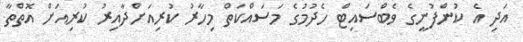
އަދި އެ ކުންފުނީގެ ވެބްސައިޓް ހެދުމުގެ މަސައްކަތް މިހާރު ކުރިއަށްދާއިރު ކުރިއަށް އޮތްތާ